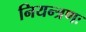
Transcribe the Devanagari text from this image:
नियन्त्रणः